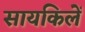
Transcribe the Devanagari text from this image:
सायकिलें